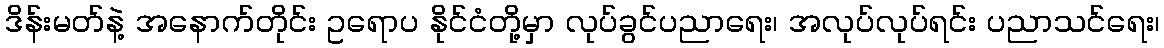
ဒိန်းမတ်နဲ့ အနောက်တိုင်း ဥရောပ နိုင်ငံတို့မှာ လုပ်ခွင်ပညာရေး၊ အလုပ်လုပ်ရင်း ပညာသင်ရေး၊